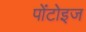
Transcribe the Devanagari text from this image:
पोंटोइज